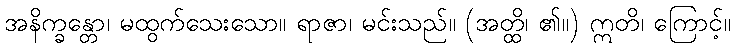
အနိက္ခန္တော၊ မထွက်သေးသော။ ရာဇာ၊ မင်းသည်။ (အတ္ထိ၊ ၏။) ဣတိ၊ ကြောင့်။